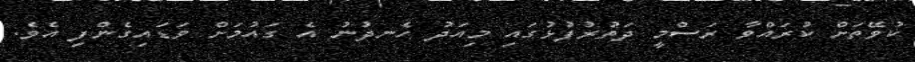
ކުވޭތަށް ކުރައްވާ ރަސްމީ ދަތުރުފުޅުގައި މިއަދު ހެނދުނު އެ ގައުމަށް ވަޑައިގެންފި އެވެ.